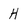
Character: H